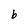
Character: b